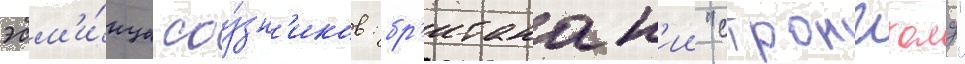
эсм'и́нца соу́зн'иков: бр'итанск'ии "стронгхолд"